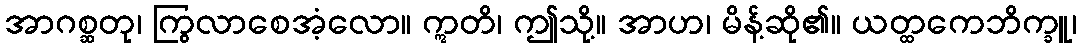
အာဂစ္ဆတု၊ ကြွလာစေအံ့လော။ ဣတိ၊ ဤသို့။ အာဟ၊ မိန့်ဆို၏။ ယတ္ထကေဘိက္ခူ၊